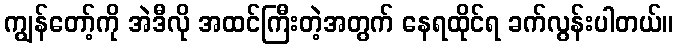
ကျွန်တော့်ကို အဲဒီလို အထင်ကြီးတဲ့အတွက် နေရထိုင်ရ ခက်လွန်းပါတယ်။